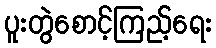
ပူးတွဲစောင့်ကြည့်ရေး